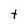
Character: t